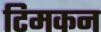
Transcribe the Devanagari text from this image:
टिमकन